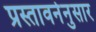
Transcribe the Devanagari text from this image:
प्रस्तावनेनुसार